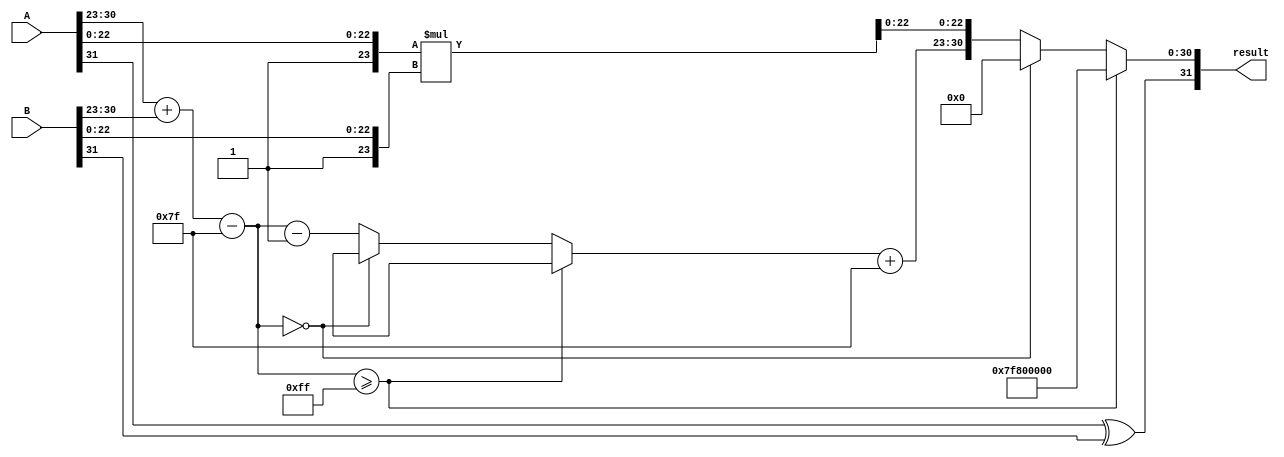
module fp_multiplier (
    input  wire [31:0] A, // First floating-point number
    input  wire [31:0] B, // Second floating-point number
    output reg  [31:0] result // Result of multiplication
);

    // Constants
    localparam BIAS = 8'd127;
    localparam EXPONENT_WIDTH = 8;
    localparam MANTISSA_WIDTH = 23;

    // Extract fields from A
    wire sign_A = A[31];
    wire [EXPONENT_WIDTH-1:0] exponent_A = A[30:23];
    wire [MANTISSA_WIDTH-1:0] mantissa_A = A[22:0];

    // Extract fields from B
    wire sign_B = B[31];
    wire [EXPONENT_WIDTH-1:0] exponent_B = B[30:23];
    wire [MANTISSA_WIDTH-1:0] mantissa_B = B[22:0];

    // Sign calculation
    wire sign_result = sign_A ^ sign_B;

    // Exponent calculation
    wire [EXPONENT_WIDTH-1:0] exponent_result_raw = exponent_A + exponent_B - BIAS;
    wire exponent_overflow = (exponent_result_raw >= 8'd255);
    wire exponent_underflow = (exponent_result_raw == 8'd0);

    // Mantissa calculation
    wire [MANTISSA_WIDTH+1:0] mantissa_A_norm = {1'b1, mantissa_A}; // Add implicit leading 1
    wire [MANTISSA_WIDTH+1:0] mantissa_B_norm = {1'b1, mantissa_B}; // Add implicit leading 1
    wire [2*MANTISSA_WIDTH+2:0] mantissa_product = mantissa_A_norm * mantissa_B_norm;

    // Normalization
    reg [MANTISSA_WIDTH+1:0] mantissa_result;
    reg [EXPONENT_WIDTH-1:0] exponent_result;
    reg mantissa_shifted;

    always @(*) begin
        // Default values
        mantissa_result = 0;
        exponent_result = 0;
        mantissa_shifted = 0;

        // Check for overflow and underflow
        if (exponent_overflow) begin
            // Set result to infinity
            result = {sign_result, 8'b11111111, 23'b0};
        end else if (exponent_underflow) begin
            // Set result to zero
            result = {sign_result, 8'b0, 23'b0};
        end else begin
            // Normalization process
            if (mantissa_product[2*MANTISSA_WIDTH+2]) begin
                // If the product is greater than 1, shift right
                mantissa_result = mantissa_product[MANTISSA_WIDTH+1:MANTISSA_WIDTH-1];
                exponent_result = exponent_result_raw + 1;
            end else begin
                // If the product is less than 1, shift left
                mantissa_result = mantissa_product[MANTISSA_WIDTH-1:0];
                exponent_result = exponent_result_raw - 1;
                mantissa_shifted = 1;
            end

            // Final result assembly
            result = {sign_result, exponent_result + BIAS, mantissa_result[MANTISSA_WIDTH-1:0]};
        end
    end

endmodule